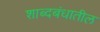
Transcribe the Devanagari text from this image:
शाब्दबंधातील